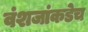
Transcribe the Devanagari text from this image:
वंशजांकडेच